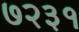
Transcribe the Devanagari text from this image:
७२३१